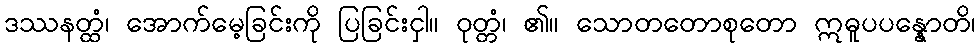
ဒဿနတ္ထံ၊ အောက်မေ့ခြင်းကို ပြခြင်းငှါ။ ဝုတ္တံ၊ ၏။ သောတတောစုတော ဣဓူပပန္နောတိ၊